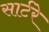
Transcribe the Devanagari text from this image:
सार्टरे